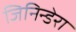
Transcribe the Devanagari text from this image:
जिनिन्डेरा